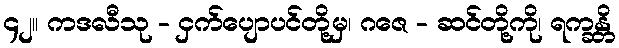
၄၂။ ကဒလီသု - ငှက်ပျောပင်တို့မှ၊ ဂဇေ - ဆင်တို့ကို၊ ရက္ခန္တိ